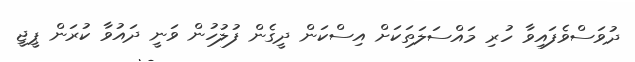
ދުވަސްވެފައިވާ ހުރި މައްސަލަތަކަށް އިސްކަން ދީގެން ފުލުހުން ވަނީ ދައުވާ ކުރަން ޕީޖީ